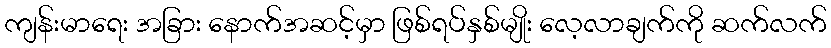
ကျန်းမာရေး အခြား နောက်အဆင့်မှာ ဖြစ်ရပ်နှစ်မျိုး လေ့လာချက်ကို ဆက်လက်